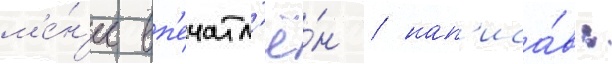
м'е́н'ее вп'ечатл'ё́н / нап'иса́в: